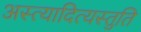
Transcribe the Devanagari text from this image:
अस्त्यादित्यस्तुति